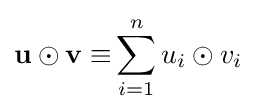
\mathbf {u} \odot \mathbf {v\equiv } \sum _{i=1}^{n}u_{i}\odot v_{i}